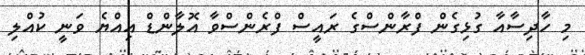
މި ހާދިސާއާ ގުޅިގެން ފްރާންސްގެ ރައީސް ފްރެންސްވާ އޮލާންޑް އިއްޔެ ވަނީ ކުއްލި